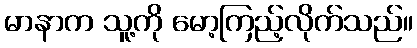
မာနာက သူ့ကို မော့ကြည့်လိုက်သည်။